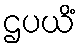
ဌပယိံ